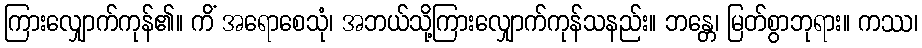
ကြားလျှောက်ကုန်၏။ ကိံ အရောစေသုံ၊ အဘယ်သို့ကြားလျှောက်ကုန်သနည်း။ ဘန္တေ၊ မြတ်စွာဘုရား။ ကဿ၊